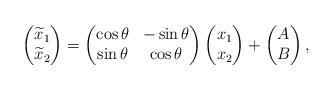
LaTeX: \begin{align*}\begin{pmatrix}\widetilde{x}_1\\\widetilde{x}_2\end{pmatrix}=\begin{pmatrix}\cos \theta & -\sin \theta\\\sin \theta & \cos \theta\end{pmatrix}\begin{pmatrix}x_1\\x_2\end{pmatrix}+\begin{pmatrix}A\\B\end{pmatrix},\end{align*}